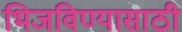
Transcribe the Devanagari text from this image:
भिजविण्यासाठी